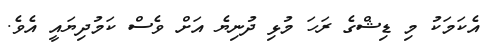
އެކަމަކު މި ޑިޝްގެ ރަހަ މުޅި ދުނިޔެ އަށް ވެސް ކަމުދިޔައީ އެވެ.